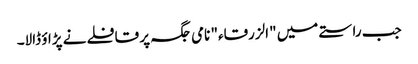
جب راستے میں "الزرقاء" نامی جگہ پر قافلے نے پڑاؤ ڈالا۔